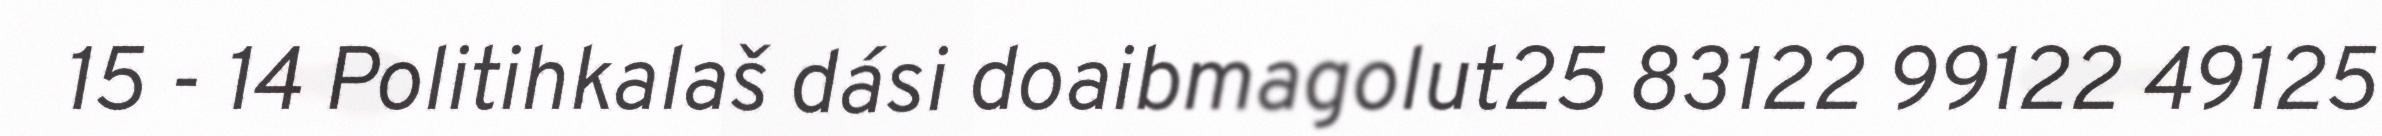
15 - 14 Politihkalaš dási doaibmagolut25 83122 99122 49125